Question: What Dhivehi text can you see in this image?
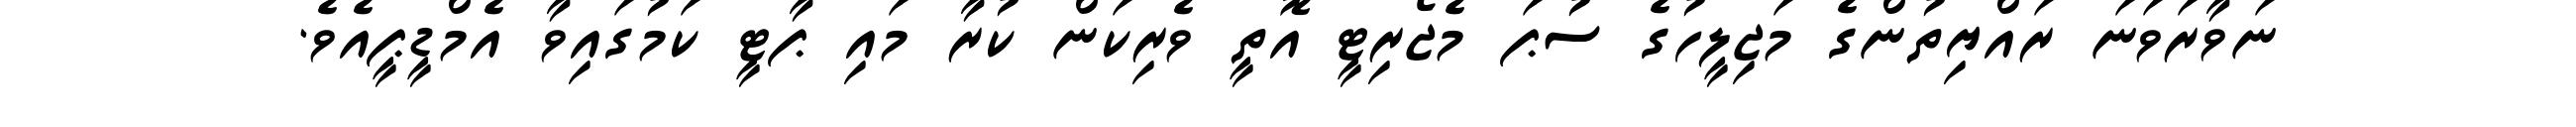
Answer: ނަވާރަވަނަ ރައްޔިތުންގެ މަޖިލީހުގެ ސުޕަ މެޖޯރިޓީ އޮތީ ވެރިކަން ކުރާ މައި ޕާޓީ ކަމުގައިވާ އެމްޑީޕީއެވެ.